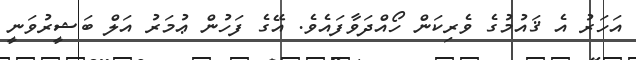
އަހަރު އެ ޤައުމުގެ ވެރިކަން ހޯއްދަވާފައެވެ. އޭގެ ފަހުން ޢުމަރު އަލް ބަޝީރުވަނީ